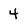
Character: 4